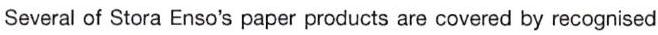
Several of Stora Enso's paper products are covered by recognised